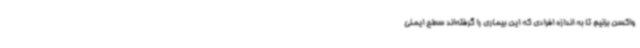
واکسن بزنیم تا به ‌اندازه افرادی که این بیماری را گرفته‌اند سطح ایمنی